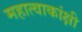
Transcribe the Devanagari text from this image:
महात्वाकांक्षी